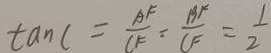
\tan C = \frac { A F } { C F } = \frac { B F } { C F } = \frac { 1 } { 2 }